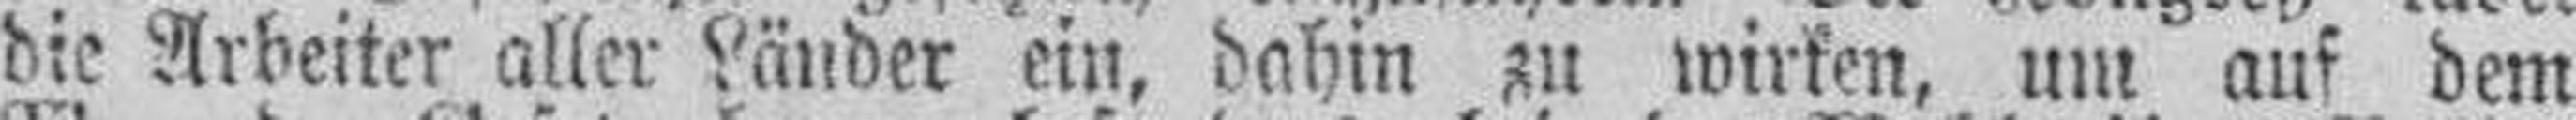
die Arbeiter aller Länder ein, dahin zu wirken, um auf dem